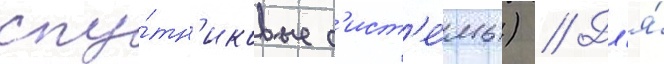
спу́тн'иковые с'ист'е́мы) // Дл'я́